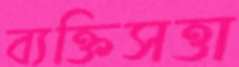
ব্যক্তিসত্তা